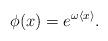
LaTeX: \begin{align*}\phi (x) = e^{\omega \langle x \rangle}.\end{align*}